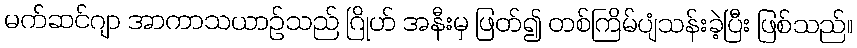
မက်ဆင်ဂျာ အာကာသယာဉ်သည် ဂြိုဟ် အနီးမှ ဖြတ်၍ တစ်ကြိမ်ပျံသန်းခဲ့ပြီး ဖြစ်သည်။